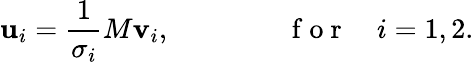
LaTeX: \mathbf{u}_{i}=\frac{1}{\sigma_{i}}M\mathbf{v}_{i},\qquad\qquad\mathrm{~f~o~r~}\quad i=1,2.